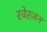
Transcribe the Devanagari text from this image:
रवेरजन